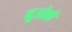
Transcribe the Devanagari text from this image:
नुओवो